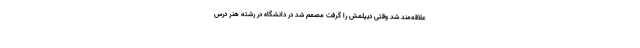
علاقه‌مند شد وقتی دیپلمش را گرفت مصمم شد در دانشگاه در رشته هنر درس